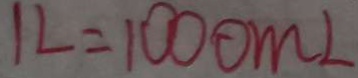
1 L = 1 0 0 0 m L